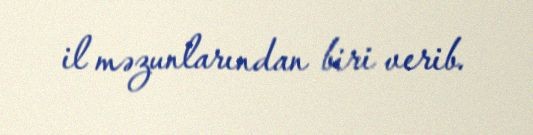
il məzunlarından biri verib.